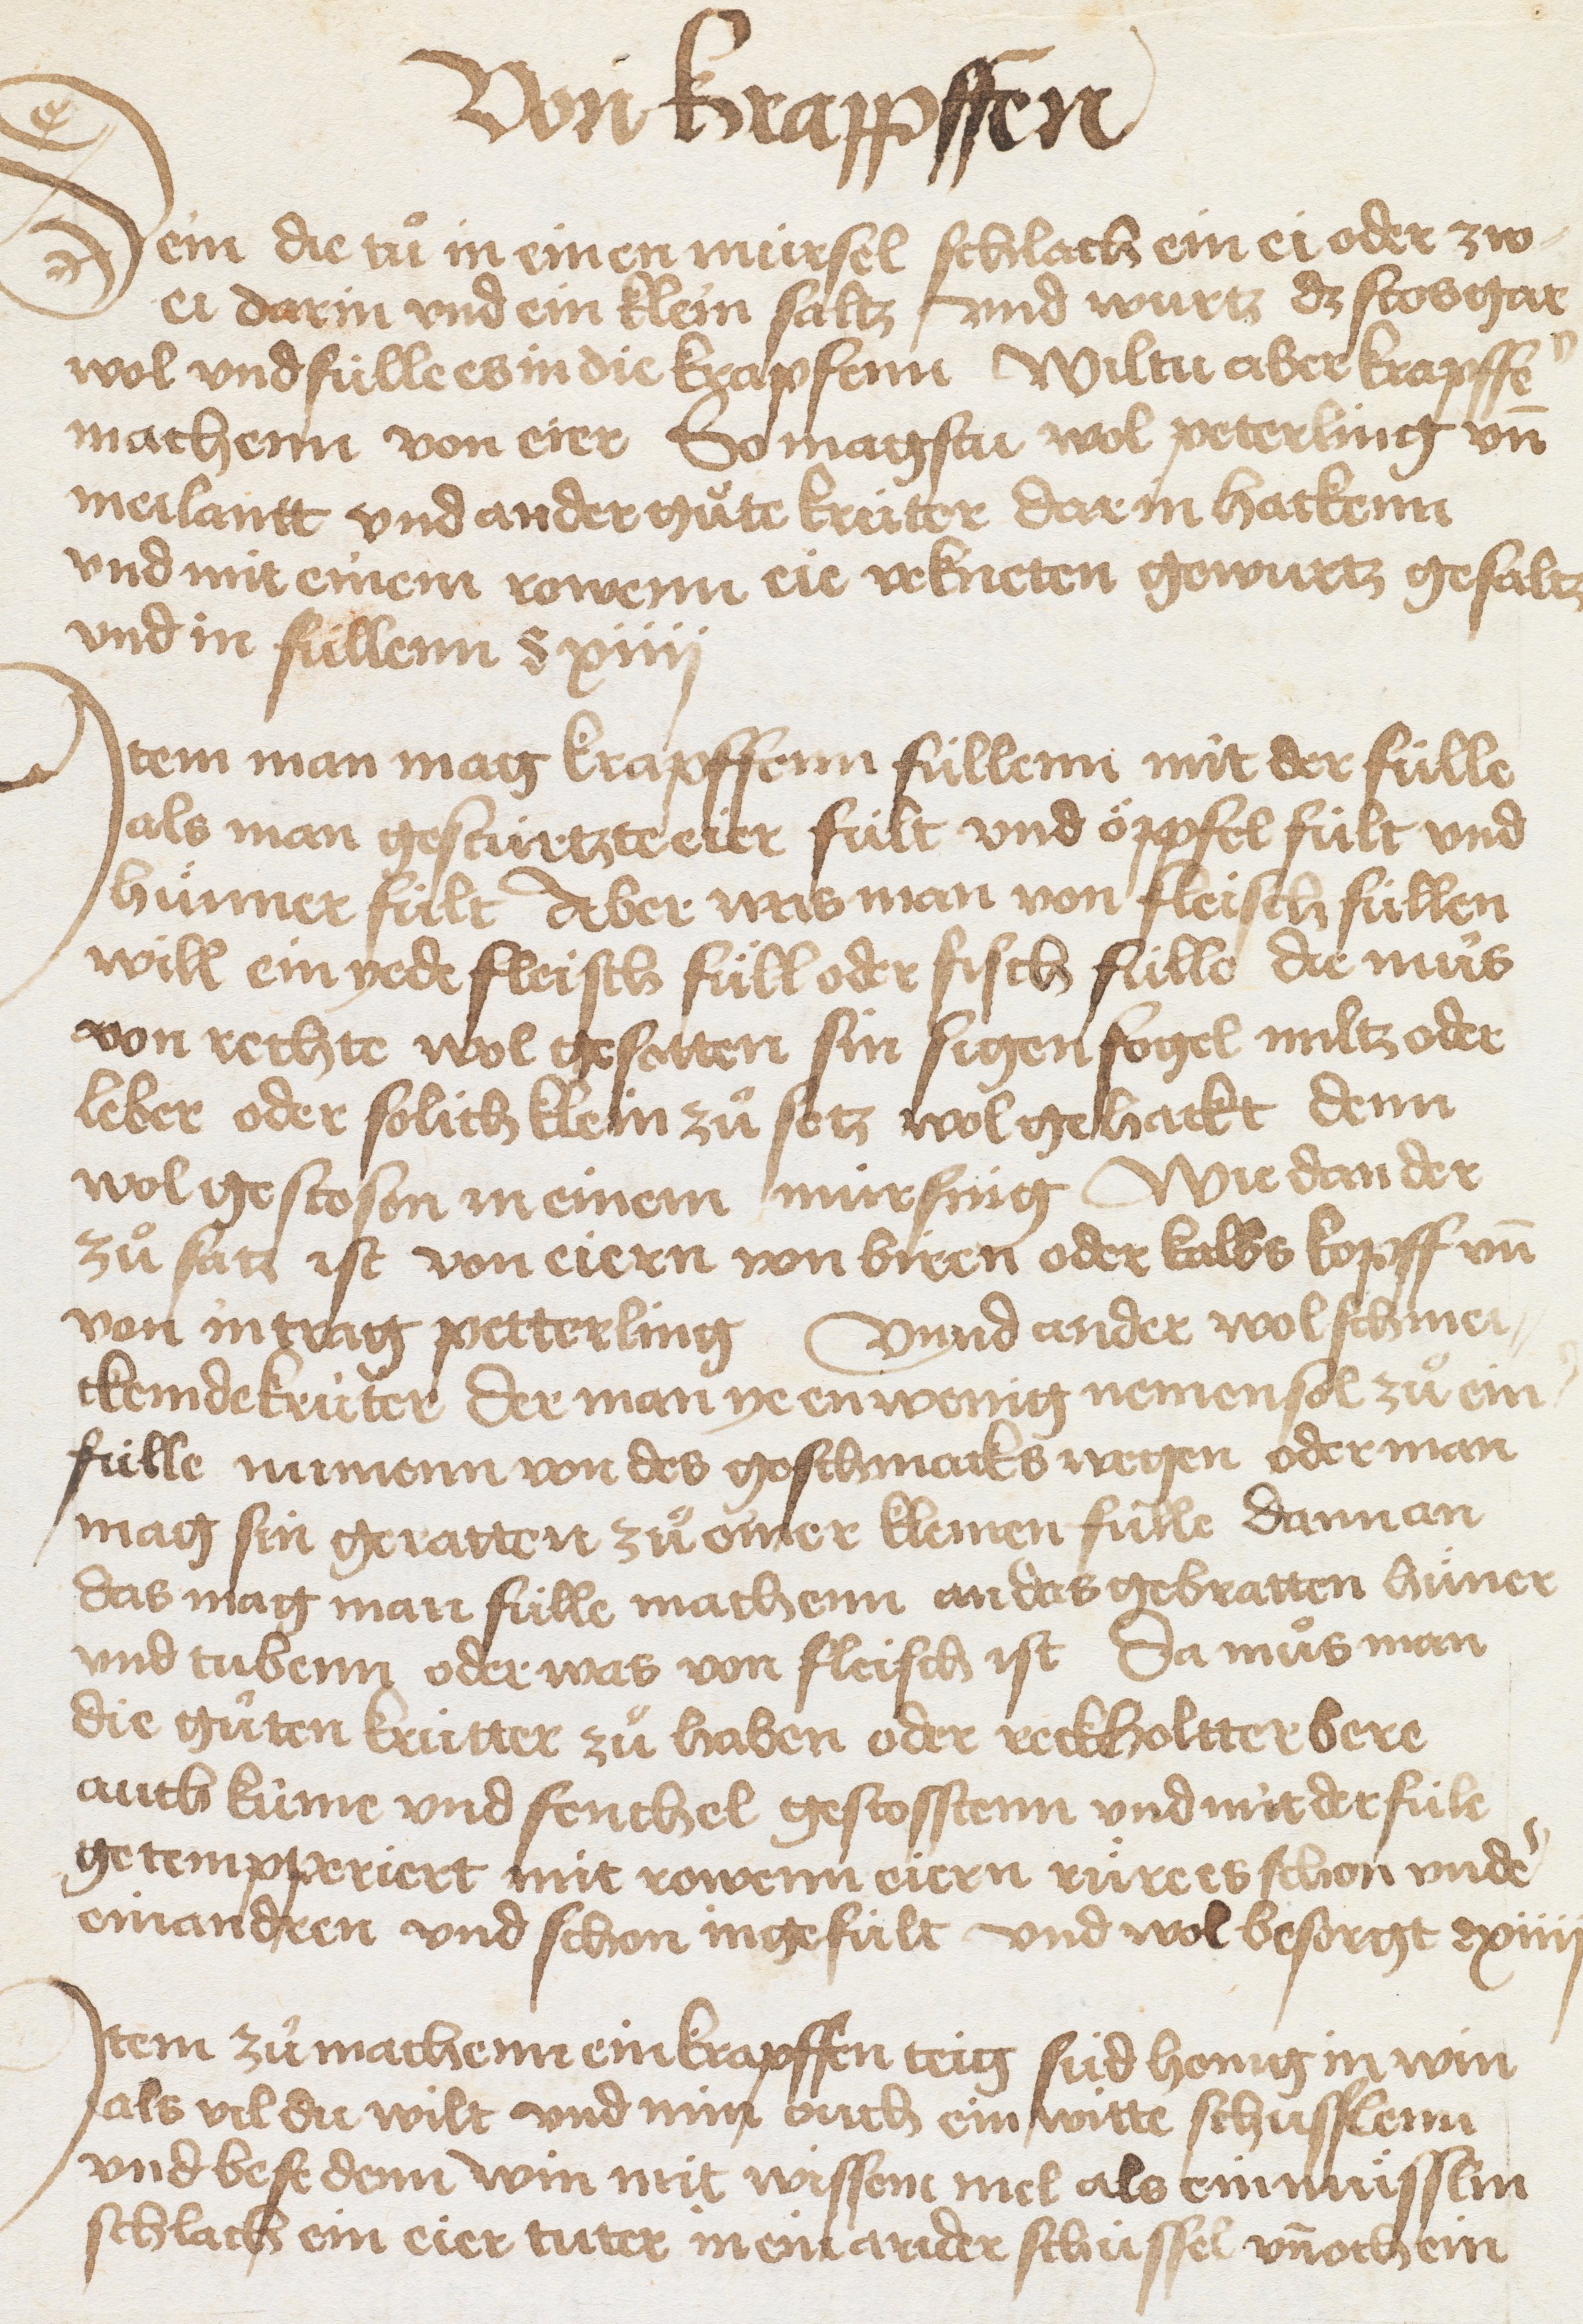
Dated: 1450–1499